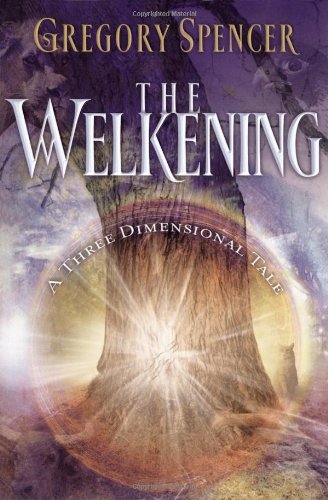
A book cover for The Welkening: A Three Dimensional Tale; Gregory Spencer; Religion & Spirituality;